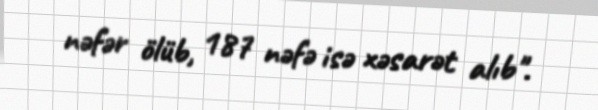
nəfər ölüb, 187 nəfə isə xəsarət alıb".